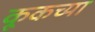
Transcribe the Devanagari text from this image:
कूकच्या